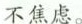
不焦虑。